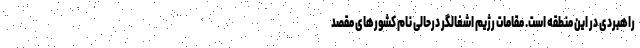
راهبردی در این منطقه است. مقامات رژیم اشغالگر درحالی نام کشورهای مقصد